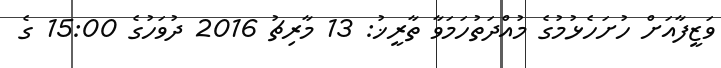
ވަޒީފާއަށް ހުށަހެޅުމުގެ މުއްދަތުހަމަވާ ތާރީޚު: 13 މާރިޗު 2016 ދުވަހުގެ 15:00 ގެ